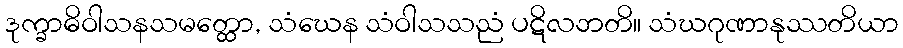
ဒုက္ခာဓိဝါသနသမတ္ထော, သံဃေန သံဝါသသညံ ပဋိလဘတိ။ သံဃဂုဏာနုဿတိယာ